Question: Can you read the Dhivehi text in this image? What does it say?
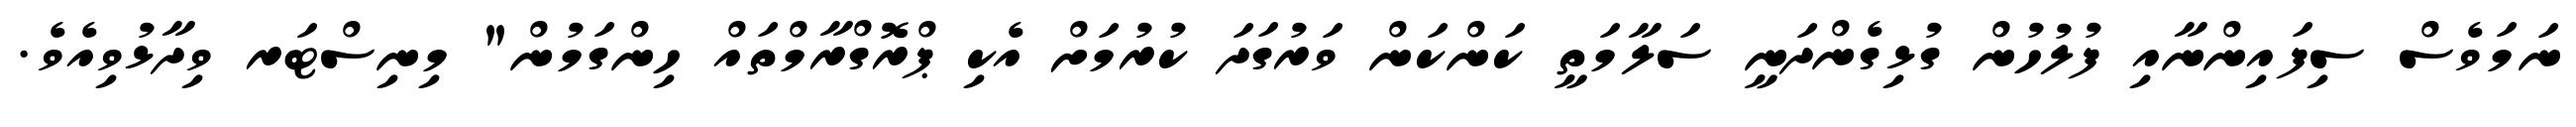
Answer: ނަމަވެސް ސިފައިންނާއި ފުލުހުން ގުޅިގެންދަނީ ސަލާމަތީ ކަންކަން ވަރުގަދަ ކުރުމަށް އެކި ޕްރޮގްރާމްތައް ހިންގަމުން" މިނިސްޓަރ ވިދާޅުވިއެވެ.